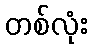
တစ်လုံး